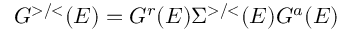
G ^ { > / < } ( E ) = G ^ { r } ( E ) \Sigma ^ { > / < } ( E ) G ^ { a } ( E )